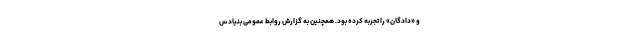
و «دادگان» را تجربه کرده بود. همچنین به گزارش روابط عمومی بنیاد س